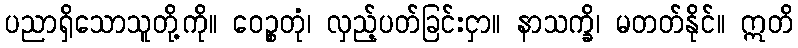
ပညာရှိသောသူတို့ကို။ ဝေဉ္စတုံ၊ လှည့်ပတ်ခြင်းငှာ။ နာသက္ခိ၊ မတတ်နိုင်။ ဣတိ